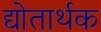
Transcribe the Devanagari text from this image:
द्योतार्थक